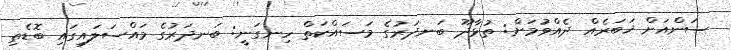
ސަންއަށް ޚަބަރެއް ދެއްވުމަށް: ތުޅާދޫ ބަނދަރުގެ މަސައްކަތް ހިނގަނީ: ބަނދަރުގެ މައްސަލައިގައި ބޮޑެތި